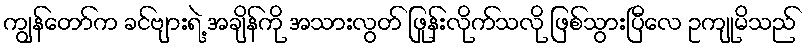
ကျွန်တော်က ခင်ဗျားရဲ့ အချိန်ကို အသားလွတ် ဖြုန်းလိုက်သလို ဖြစ်သွားပြီလေ ဥကျုမိသည်